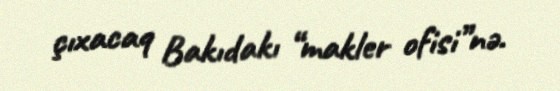
çıxacaq Bakıdakı “makler ofisi”nə.